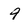
Character: 4